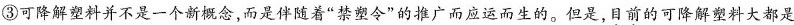
③可降解塑料并不是一个新概念，而是伴随着”禁塑令”的推广而应运而生的。但是，目前的可降解塑料大都是